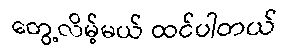
တွေ့လိမ့်မယ် ထင်ပါတယ်